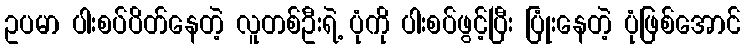
ဥပမာ ပါးစပ်ပိတ်နေတဲ့ လူတစ်ဦးရဲ့ ပုံကို ပါးစပ်ဖွင့်ပြီး ပြုံးနေတဲ့ ပုံဖြစ်အောင်